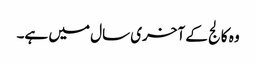
وہ کالج کے آخری سال میں ہے۔